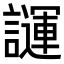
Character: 𧬪